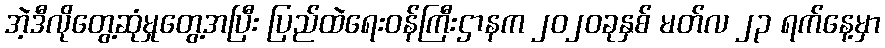
အဲ့ဒီလိုတွေ့ဆုံမှုတွေ့အပြီး ပြည်ထဲရေးဝန်ကြီးဌာနက ၂၀၂၀ခုနှစ် မတ်လ ၂၃ ရက်နေ့မှာ